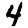
Digit: 4